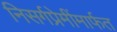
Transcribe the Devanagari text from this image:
निसर्गप्रेमींमार्फत